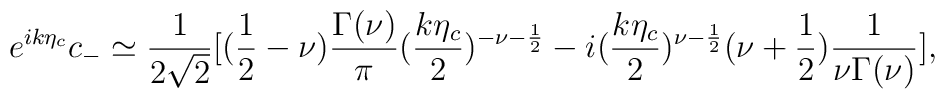
e^{ik\eta_c} c_{-} \simeq \frac{1}{2\sqrt{2}}[(\frac{1}{2}-\nu) \frac{\Gamma(\nu)}{\pi} ( \frac{k\eta_{c}}{2})^{-\nu-\frac{1}{2}} - i (\frac{k\eta_c}{2})^{\nu -\frac{1}{2}} (\nu +\frac{1}{2}) \frac{1}{\nu\Gamma(\nu)}],